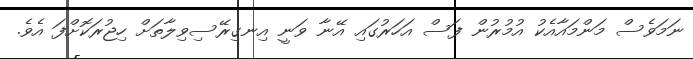
ނަމަވެސް މަންމައާއެކު އުމުރުން ފަސް އަހަރުގައި އޭނާ ވަނީ އިނގިރޭސިވިލާތަށް ހިޖުރަކޮށްފަ އެވެ.